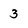
Character: 3